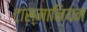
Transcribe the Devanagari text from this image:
टास्मानियन